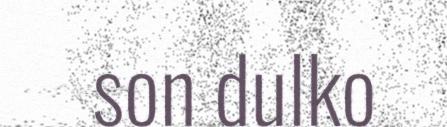
son dulko